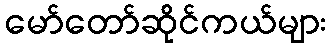
မော်တော်ဆိုင်ကယ်များ